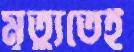
মৃত্যুতেই